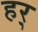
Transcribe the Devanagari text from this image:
हर्